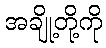
အချို့တို့ကို